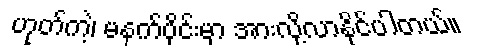
ဟုတ်ကဲ့၊ မနက်ပိုင်းမှာ အားလို့လာနိုင်ပါတယ်။